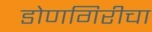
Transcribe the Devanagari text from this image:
डोणगिरीचा